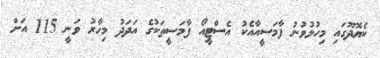
ކެޔޮދޫގައި މިހުޅުވުނު ފާމަސީއާއެކު އެސްޓީއޯ ފާމަސީތަކުގެ އަދަދު މިހާރު ވަނީ 115 އަށް